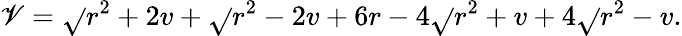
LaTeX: \mathscr{V}=\sqrt{}{{r^{2}+2v}}+\sqrt{}{{r^{2}-2v}}+6r-4\sqrt{}{{r^{2}+v}}+4\sqrt{}{{r^{2}-v}}.